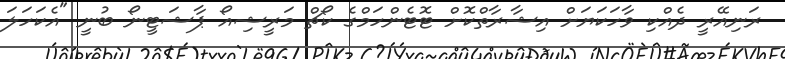
ރަނިއޭރީ ދެއްކި ވާހަކަޔަށް އިޝާރާތްކޮށް ޓޮޓެންހަމްގެ ކޯޗް މަރީޝިއޯ ޕާޝަޓީނޯ ބުނީ "އެކަހަލަ